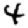
Digit: 4